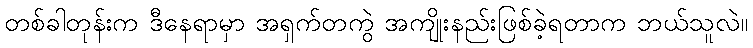
တစ်ခါတုန်းက ဒီနေရာမှာ အရှက်တကွဲ အကျိုးနည်းဖြစ်ခဲ့ရတာက ဘယ်သူလဲ။